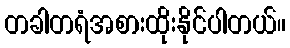
တခါတရံအစားထိုးနိုင်ပါတယ်။